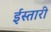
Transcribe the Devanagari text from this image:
ईस्तारी